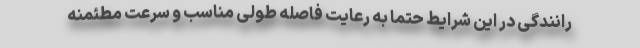
رانندگی در این شرایط حتما به رعایت فاصله طولی مناسب و سرعت مطئمنه